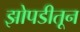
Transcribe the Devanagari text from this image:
झोपडीतून